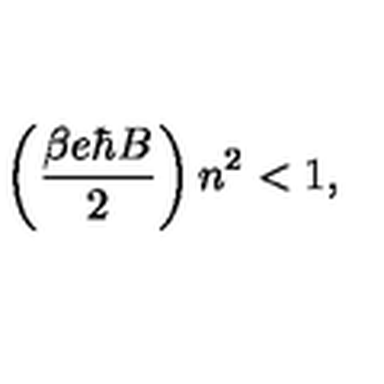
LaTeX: \left( \frac { \beta e \hbar B } { 2 } \right) n ^ { 2 } < 1 ,